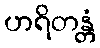
ဟရိတန္တံ